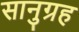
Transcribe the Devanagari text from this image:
सानुग्रह